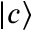
\left| c \right\rangle